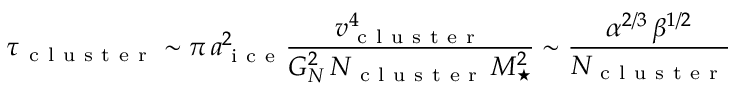
\tau _ { \mathrm { ~ c ~ l ~ u ~ s ~ t ~ e ~ r ~ } } \sim \pi \, a _ { \mathrm { ~ i ~ c ~ e ~ } } ^ { 2 } \frac { v _ { \mathrm { ~ c ~ l ~ u ~ s ~ t ~ e ~ r ~ } } ^ { 4 } } { G _ { N } ^ { 2 } \, N _ { \mathrm { ~ c ~ l ~ u ~ s ~ t ~ e ~ r ~ } } \, M _ { \star } ^ { 2 } } \sim \frac { \alpha ^ { 2 / 3 } \, \beta ^ { 1 / 2 } } { N _ { \mathrm { ~ c ~ l ~ u ~ s ~ t ~ e ~ r ~ } } }